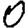
Digit: 0